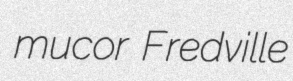
mucor Fredville